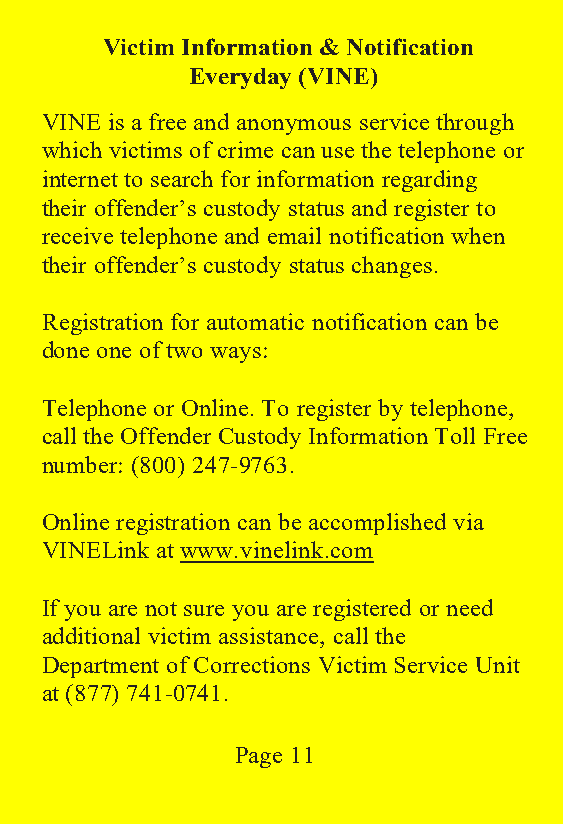
Victim Information & Notification
 Everyday (VINE)
 VINE is a free and anonymous service through
 which victims of crime can use the telephone or
 internet to search for information regarding
 their offender’s custody status and register to
 receive telephone and email notification when
 their offender’s custody status changes.
 Registration for automatic notification can be
 done one of two ways:
 Telephone or Online. To register by telephone,
 call the Offender Custody Information Toll Free
 number: (800) 247-9763.
 Online registration can be accomplished via
 VINELink at www.vinelink.com
 If you are not sure you are registered or need
 additional victim assistance, call the
 Department of Corrections Victim Service Unit
 at (877) 741-0741.
 Page 11